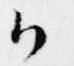
候